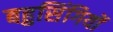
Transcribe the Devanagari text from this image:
बहुसिंगियों